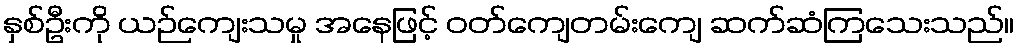
နှစ်ဦးကို ယဉ်ကျေးသမှု အနေဖြင့် ဝတ်ကျေတမ်းကျေ ဆက်ဆံကြသေးသည်။